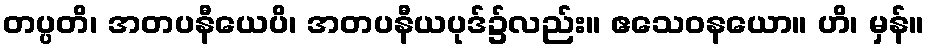
တပ္ပတိ၊ အတပနီယေပိ၊ အတပနီယပုဒ်၌လည်း။ ဧသေဝနယော။ ဟိ၊ မှန်။